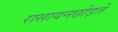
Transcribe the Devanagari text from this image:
रासायनछोड़ते